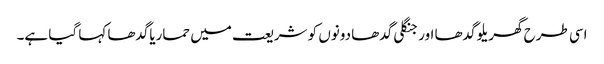
اسی طرح گھریلو گدھا اور جنگلی گدھا دونوں کو شریعت میں حماریاگدھا کہا گیا ہے۔